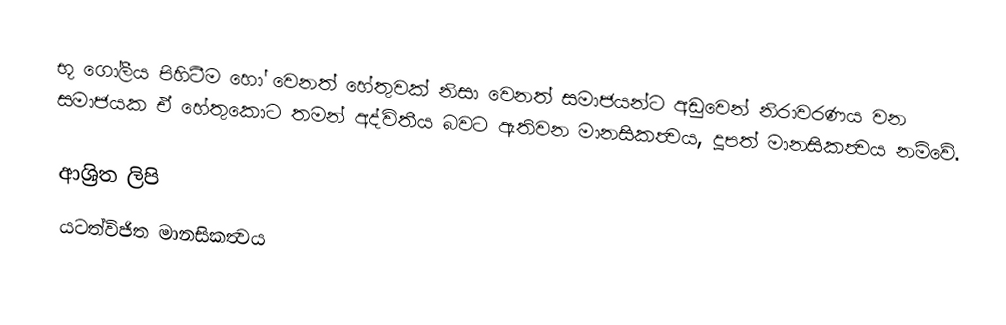
භූ ගෝලීය පිහිටීම හෝ වෙනත් හේතුවක් නිසා වෙනත් සමාජයන්ට අඩුවෙන් නිරාවරණය වන සමාජයක ඒ හේතුකොට තමන් අද්විතීය බවට ඇතිවන මානසිකත්‍වය, දූපත් මානසිකත්‍වය නම්වේ.

ආශ්‍රිත ලිපි
 යටත්විජිත මානසිකත්‍වය